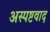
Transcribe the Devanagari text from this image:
अस्पष्टवाद